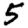
Digit: 5